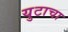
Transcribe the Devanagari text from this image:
युटाचा